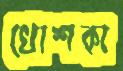
খোশকা